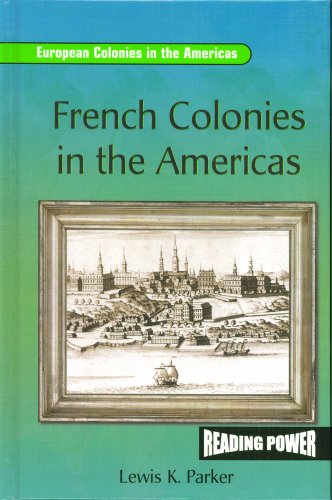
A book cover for French Colonies in the Americas (European Colonies in the Americas); Lewis K. Parker; Children's Books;